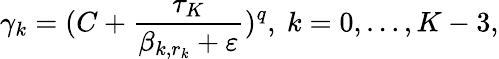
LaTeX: \gamma_{k}=(C+\frac{\tau_{K}}{\beta_{k,r_{k}}+\varepsilon})^{q},\mathrm{~}k=0,\dots,K-3,